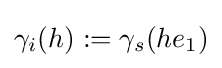
\gamma _{i}(h):=\gamma _{s}(he_{1})